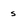
Character: s